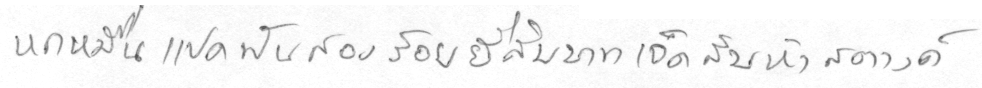
หกหมื่นแปดพันสองร้อยยี่สิบบาทเจ็ดสิบห้าสตางค์